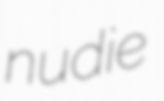
nudie